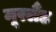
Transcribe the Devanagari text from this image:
मूरलैंड